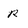
Character: R